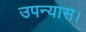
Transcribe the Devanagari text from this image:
उपन्‍यास।